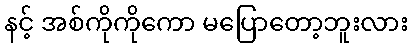
နင့် အစ်ကိုကိုကော မပြောတော့ဘူးလား